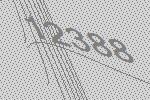
12388